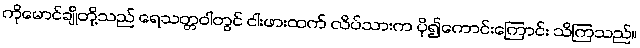
ကိုမောင်ချိုတို့သည် ရေသတ္တဝါတွင် ငါးဖားထက် လိပ်သားက ပို၍ကောင်းကြောင်း သိကြသည်။